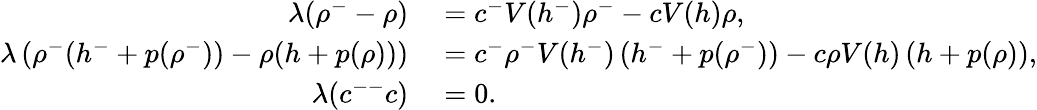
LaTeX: \begin{array}{rl}{\lambda(\rho^{-}-\rho)}&{{}=c^{-}V(h^{-})\rho^{-}-cV(h)\rho,}\\ {\lambda\left(\rho^{-}(h^{-}+p(\rho^{-}))-\rho(h+p(\rho))\right)}&{{}=c^{-}\rho^{-}V(h^{-})\left(h^{-}+p(\rho^{-})\right)-c\rho V(h)\left(h+p(\rho)\right),}\\ {\lambda(c^{--}c)}&{{}=0.}\end{array}